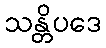
သန္တိပဒေ